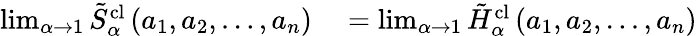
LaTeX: \begin{array}{rl}{\operatorname*{lim}_{\alpha\to 1}\tilde{S}_{\alpha}^{\textrm{cl}}\left(a_{1},a_{2},\dots,a_{n}\right)}&{{}=\operatorname*{lim}_{\alpha\to 1}\tilde{H}_{\alpha}^{\textrm{cl}}\left(a_{1},a_{2},\dots,a_{n}\right)}\end{array}